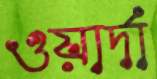
ওয়ার্দা